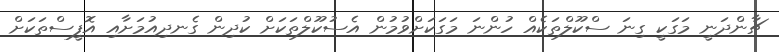
ޗާންދަނީ މަގަކީ ގިނަ ސްކޫލްތަކެއް ހުންނަ މަގަކަށްވުމުން އެސުކޫލްތަކަށް ކުދިން ގެނދިއުމަށާއި އޮފީސްތަކަށް